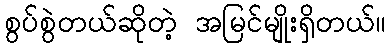
စွပ်စွဲတယ်ဆိုတဲ့ အမြင်မျိုးရှိတယ်။